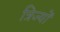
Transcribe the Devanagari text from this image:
त्रिज्यों